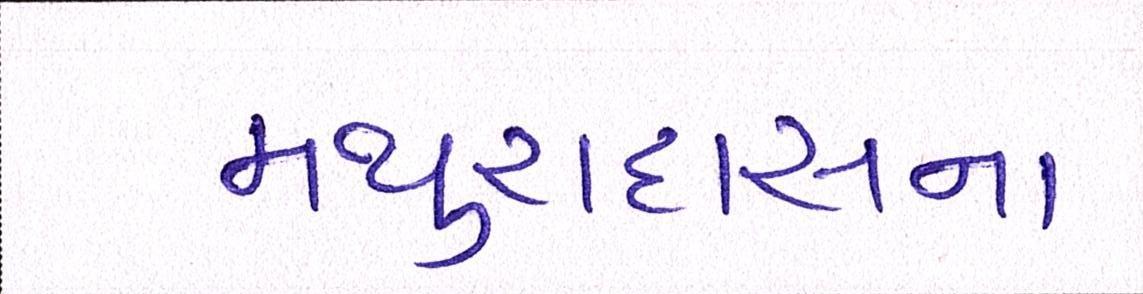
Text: મથુરાદાસના